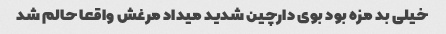
خیلی بد مزه بود بوی دارچین شدید میداد مرغش واقعا حالم شد